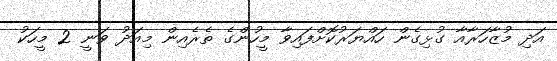
އަދި މުޒާހަރާއާ ގުޅިގެން ހައްޔަރުކޮށްފައިވާ މީހުންގެ ތެރެއިން މިއަދު ވަނީ 2 މީހަކު